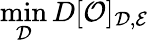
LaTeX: \operatorname*{min}_{\mathcal{D}}D[\mathcal{O}]_{\mathcal{D},\mathcal{E}}